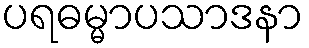
ပရဓမ္မာပသာဒနာ